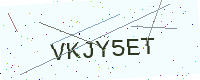
Text: VKJY5ET